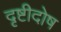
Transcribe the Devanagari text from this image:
दृष्टीदोष